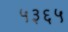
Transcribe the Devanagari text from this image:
५३६५